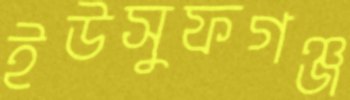
ইউসুফগঞ্জ